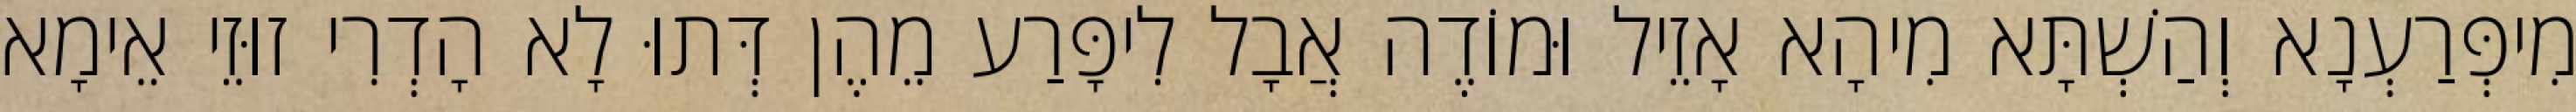
מִיפְּרַעְנָא וְהַשְׁתָּא מִיהָא אָזֵיל וּמוֹדֶה אֲבָל לִיפָּרַע מֵהֶן דְּתוּ לָא הָדְרִי זוּזֵי אֵימָא